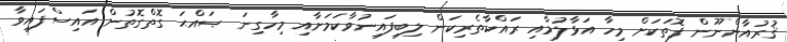
ޤުރުއާންނޫން ފޮތަކަށް މިހާ އަޅާލުމާއި ރައްކާތެރިކަން ލިބިފައިނުވާކަމަށާއި މިހާގިނަ ޞައްޙަ ގޮތްގޮތުން އައިސްފައިވާ